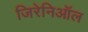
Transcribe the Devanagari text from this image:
जिरेनिऑल